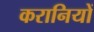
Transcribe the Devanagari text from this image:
करानियों